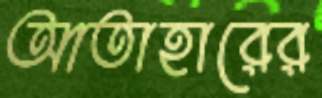
আতাহারের